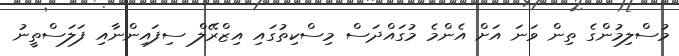
މުސްލިމުންގެ ތިން ވަނަ އަށް އެންމެ މުގައްދަސް މިސްކިތުގައި އިޒްރޭލް ސިފައިންނާއި ފަލަސްތީނު